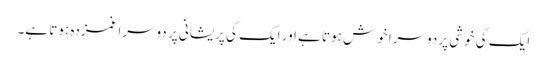
ایک کی خوشی پر دوسرا خوش ہوتا ہے اور ایک کی پریشانی پر دوسرا غمزدہ ہوتا ہے۔